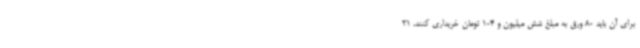
برای آن باید 80 ورق به مبلغ شش میلیون و 104 تومان خریداری کنند، 21